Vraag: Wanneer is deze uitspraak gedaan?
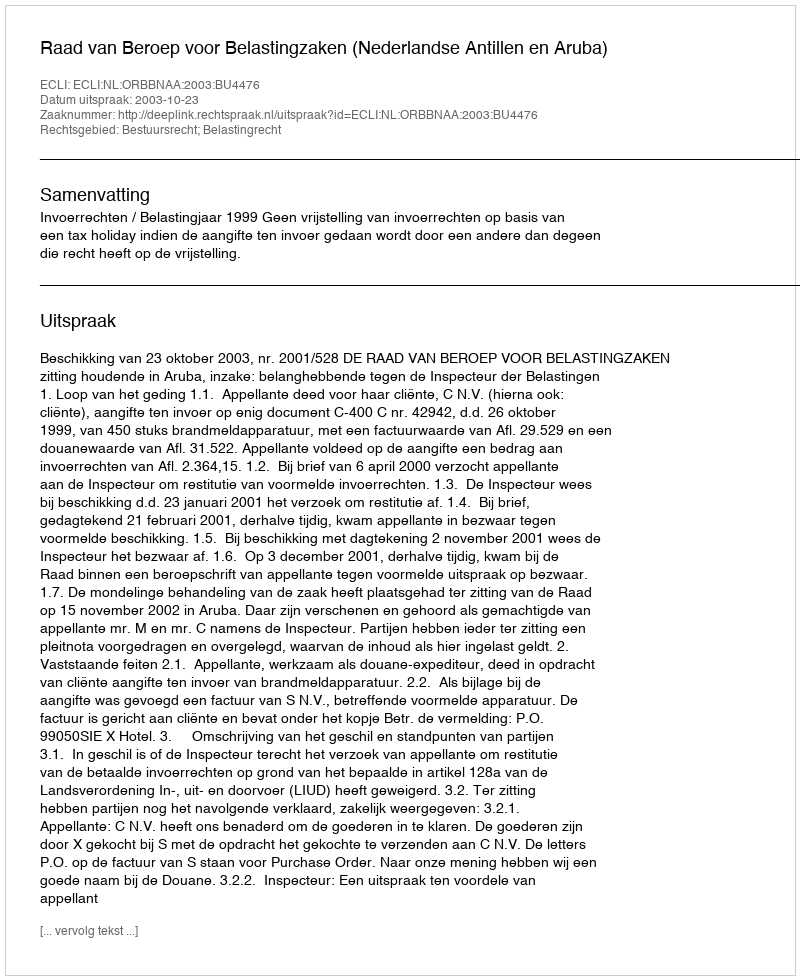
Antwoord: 2003-10-23